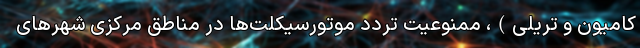
کامیون و تریلی)، ممنوعیت تردد موتورسیکلت‌ها در مناطق مرکزی شهر‌های